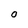
Character: O